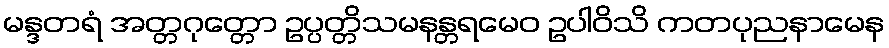
မန္ဒတရံ အတ္တဂုတ္တော ဥပ္ပတ္တိသမနန္တရမေဝ ဥပါဝိသိ ကတပုညနာမေန